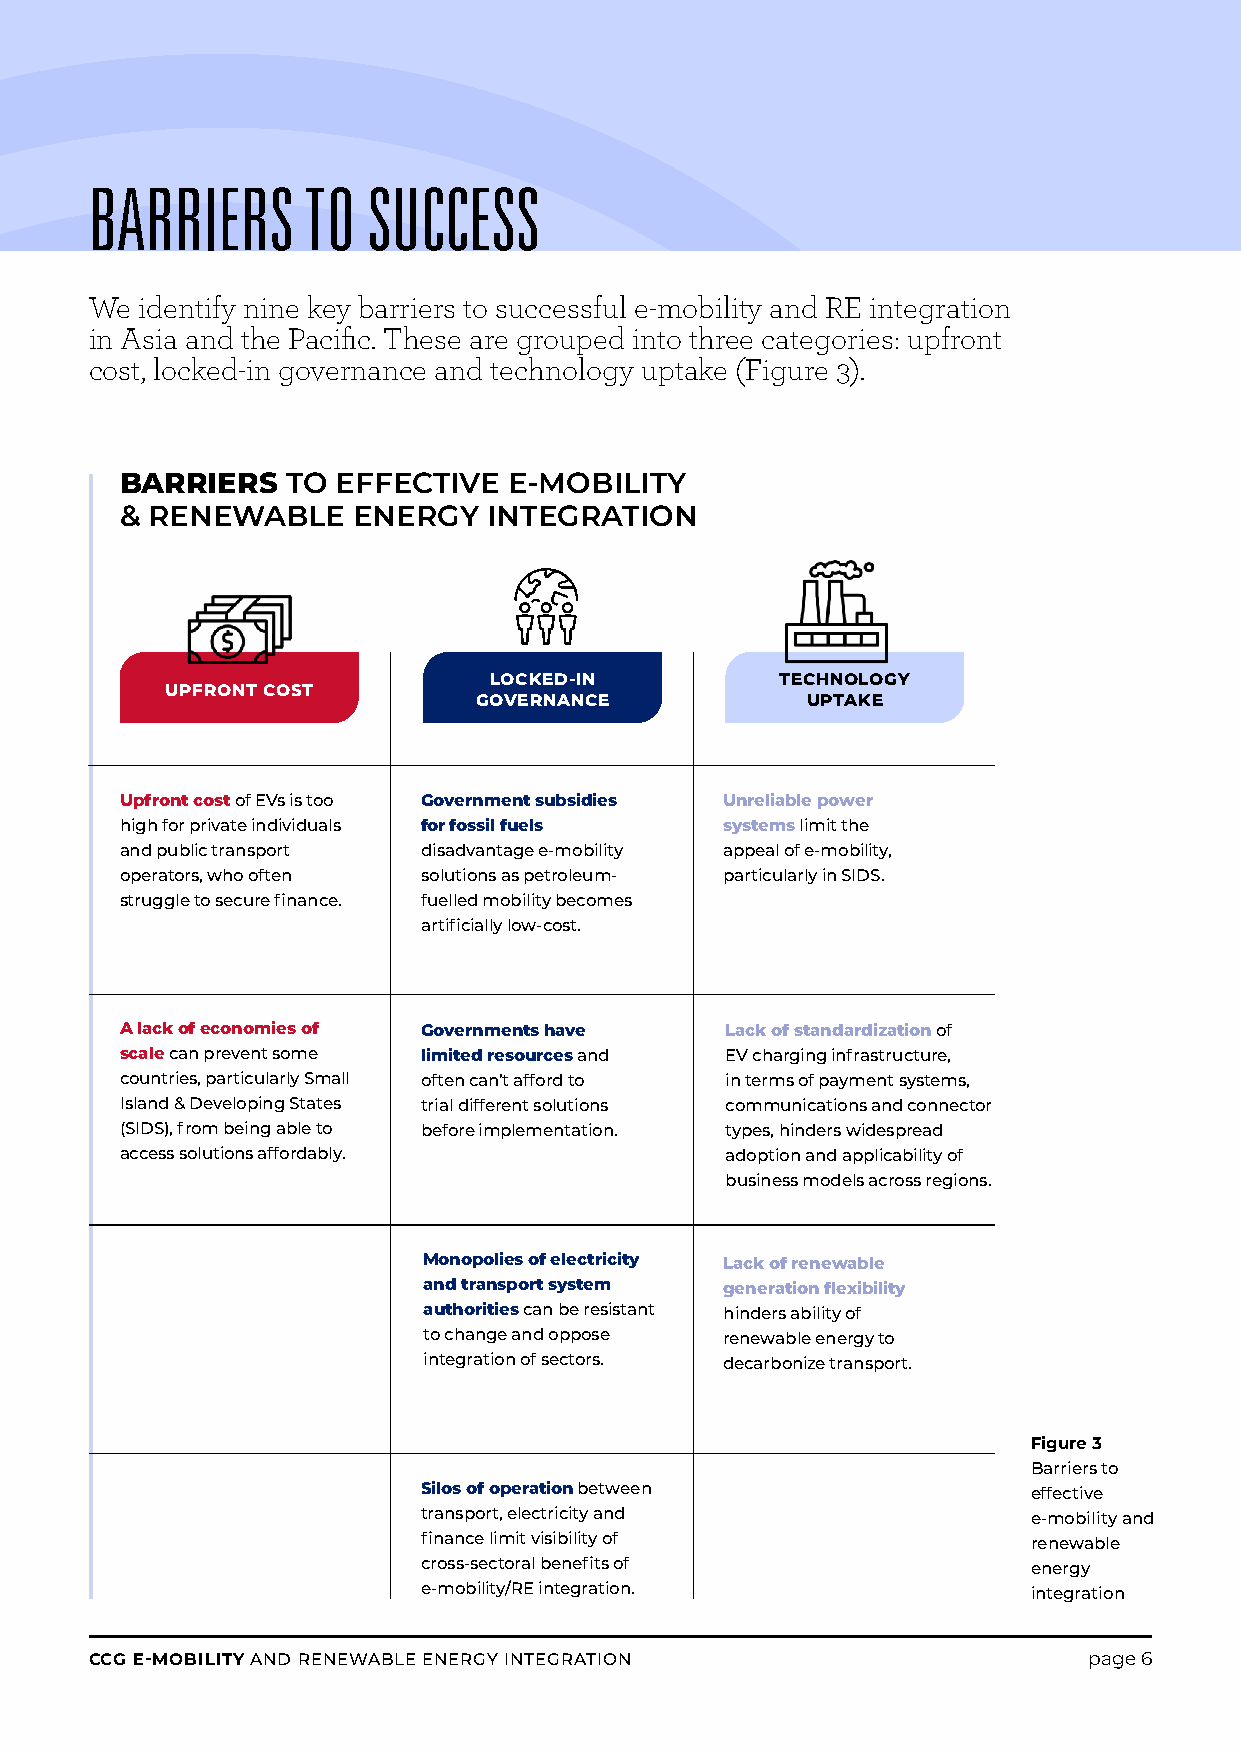
BARRIERS      TO  SUCCESS
 We identify nine key barriers to successful e-mobility and RE integration
 in Asia and the Pacific. These are grouped into three categories: upfront
 cost, locked-in governance and technology uptake (Figure 3).
 BARRIERS   TO EFFECTIVE   E-MOBILITY
 & RENEWABLE    ENERGY   INTEGRATION
 Cfrorema ttehde bNyo Juuns Ptinro Bjelackte
 LOCKED-IN           TECHNOLOGY
 UPFRONT COST
 GOVERNANCE            UPTAKE
 Upfront cost of EVs is too Government subsidies Unreliable power
 high for private individuals for fossil fuels systems limit the
 and public transport disadvantage e-mobility appeal of e-mobility,
 operators, who often solutions as petroleum- particularly in SIDS.
 struggle to secure finance. fuelled mobility becomes
 artificially low-cost.
 A lack of economies of Governments have Lack of standardization of
 scale can prevent some limited resources and EV charging infrastructure,
 countries, particularly Small often can’t afford to in terms of payment systems,
 Island & Developing States trial different solutions communications and connector
 (SIDS), from being able to before implementation. types, hinders widespread
 access solutions affordably.            adoption and applicability of
 business models across regions.
 Monopolies of electricity Lack of renewable
 and transport system generation flexibility
 authorities can be resistant hinders ability of
 to change and oppose renewable energy to
 integration of sectors. decarbonize transport.
 Figure 3
 Barriers to
 Silos of operation between              effective
 transport, electricity and              e-mobility and
 finance limit visibility of             renewable
 cross-sectoral benefits of              energy
 e-mobility/RE integration.              integration
 CCG E-MOBILITY AND RENEWABLE ENERGY INTEGRATION                   page 6